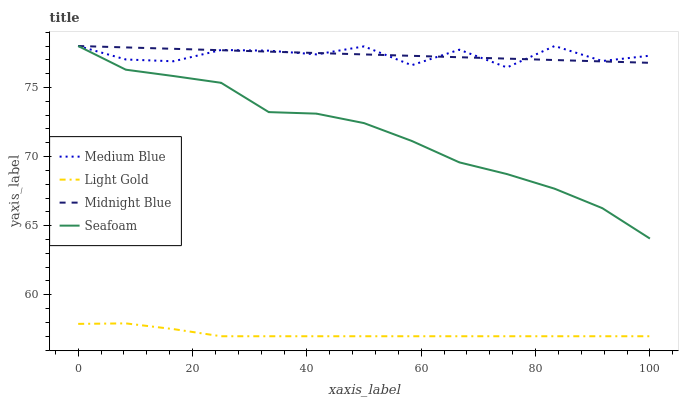
| xaxis_label | Medium Blue | Light Gold | Midnight Blue | Seafoam |
 | --- | --- | --- | --- | --- |
 | 0 | 78 | 57.9 | 78 | 78 |
 | 8.33 | 77 | 57.9 | 77.9 | 76.3 |
 | 16.7 | 76.9 | 57.5 | 77.8 | 75.8 |
 | 25 | 77.7 | 57 | 77.7 | 75.3 |
 | 33.3 | 77.7 | 57 | 77.6 | 73.2 |
 | 41.7 | 77.4 | 57 | 77.5 | 73.1 |
 | 50 | 78 | 57 | 77.4 | 72.4 |
 | 58.3 | 76.6 | 57 | 77.3 | 71.1 |
 | 66.7 | 77.7 | 57 | 77.2 | 69.6 |
 | 75 | 76.4 | 57 | 77.1 | 68.7 |
 | 83.3 | 78 | 57 | 77 | 67.7 |
 | 91.7 | 76.9 | 57 | 76.9 | 66.3 |
 | 100 | 77.3 | 57 | 76.8 | 64.1 |